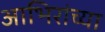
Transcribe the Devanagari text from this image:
आभिरांच्या